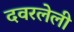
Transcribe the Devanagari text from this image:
दवरलेली